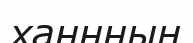
ханнның